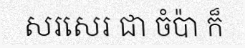
សរសេរ ជា ចំប៉ា ក៏